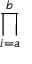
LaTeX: \prod _ { i = a } ^ { b }